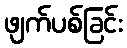
ဖျက်ပစ်ခြင်း